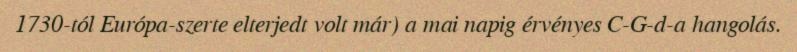
1730-tól Európa-szerte elterjedt volt már) a mai napig érvényes C-G-d-a hangolás.